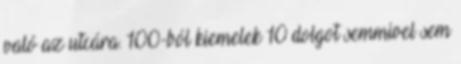
való az utcára. 100-ból kiemelek 10 dolgot semmivel sem